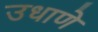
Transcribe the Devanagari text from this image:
उधाणे